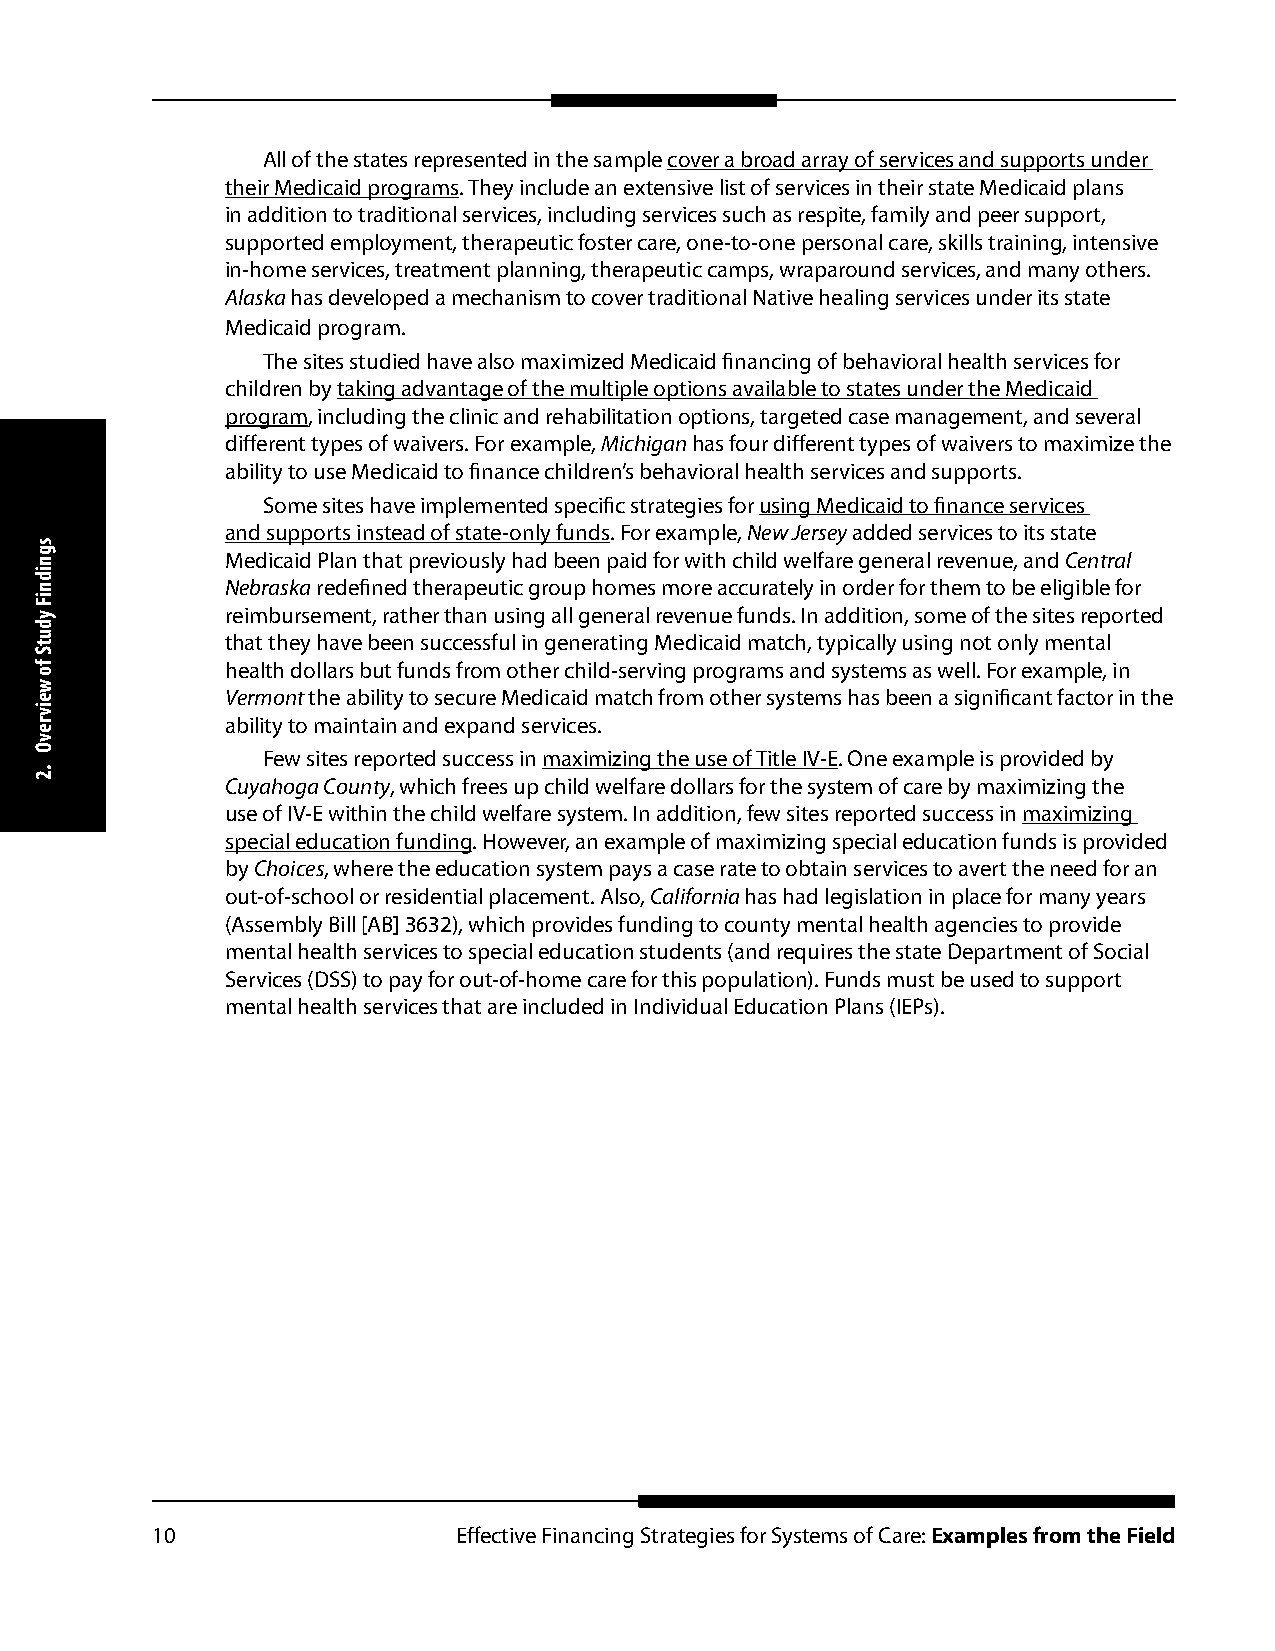
All of the states represented in the sample cover a broad array of services and supports under
 their Medicaid programs. They include an extensive list of services in their state Medicaid plans
 in addition to traditional services, including services such as respite, family and peer support,
 supported employment, therapeutic foster care, one-to-one personal care, skills training, intensive
 in-home services, treatment planning, therapeutic camps, wraparound services, and many others.
 Alaska has developed a mechanism to cover traditional Native healing services under its state
 Medicaid program.
 The sites studied have also maximized Medicaid financing of behavioral health services for
 children by taking advantage of the multiple options available to states under the Medicaid
 program, including the clinic and rehabilitation options, targeted case management, and several
 different types of waivers. For example, Michigan has four different types of waivers to maximize the
 ability to use Medicaid to finance children’s behavioral health services and supports.
 Some sites have implemented specific strategies for using Medicaid to finance services
 and supports instead of state-only funds. For example, New Jersey added services to its state
 Medicaid Plan that previously had been paid for with child welfare general revenue, and Central
 Nebraska redefined therapeutic group homes more accurately in order for them to be eligible for
 reimbursement, rather than using all general revenue funds. In addition, some of the sites reported
 that they have been successful in generating Medicaid match, typically using not only mental
 health dollars but funds from other child-serving programs and systems as well. For example, in
 Vermont the ability to secure Medicaid match from other systems has been a significant factor in the
 ability to maintain and expand services.
 Few sites reported success in maximizing the use of Title IV-E. One example is provided by
 Cuyahoga County, which frees up child welfare dollars for the system of care by maximizing the
 use of IV-E within the child welfare system. In addition, few sites reported success in maximizing
 special education funding. However, an example of maximizing special education funds is provided
 by Choices, where the education system pays a case rate to obtain services to avert the need for an
 out-of-school or residential placement. Also, California has had legislation in place for many years
 (Assembly Bill [AB] 3632), which provides funding to county mental health agencies to provide
 mental health services to special education students (and requires the state Department of Social
 Services (DSS) to pay for out-of-home care for this population). Funds must be used to support
 mental health services that are included in Individual Education Plans (IEPs).
 10                  Effective Financing Strategies for Systems of Care: Examples from the Field
 sgnidniF
 ydutS
 fo
 weivrevO
 .2